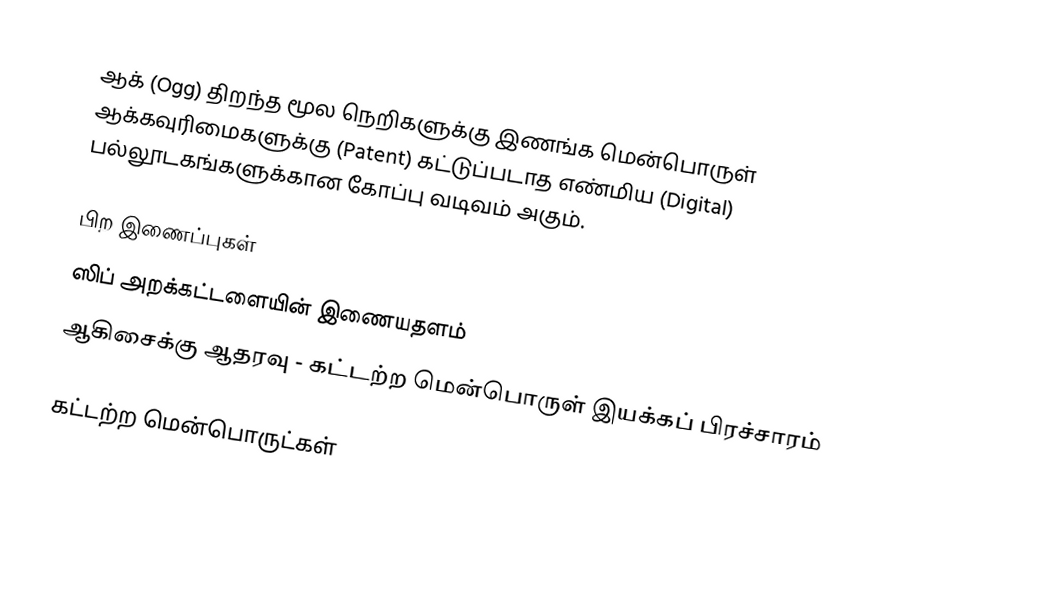
ஆக் (Ogg) திறந்த மூல நெறிகளுக்கு இணங்க மென்பொருள் ஆக்கவுரிமைகளுக்கு (Patent) கட்டுப்படாத எண்மிய (Digital) பல்லூடகங்களுக்கான கோப்பு வடிவம் அகும்.

பிற இணைப்புகள்
 ஸிப் அறக்கட்டளையின் இணையதளம்
 ஆகிசைக்கு ஆதரவு - கட்டற்ற மென்பொருள் இயக்கப் பிரச்சாரம்

கட்டற்ற மென்பொருட்கள்